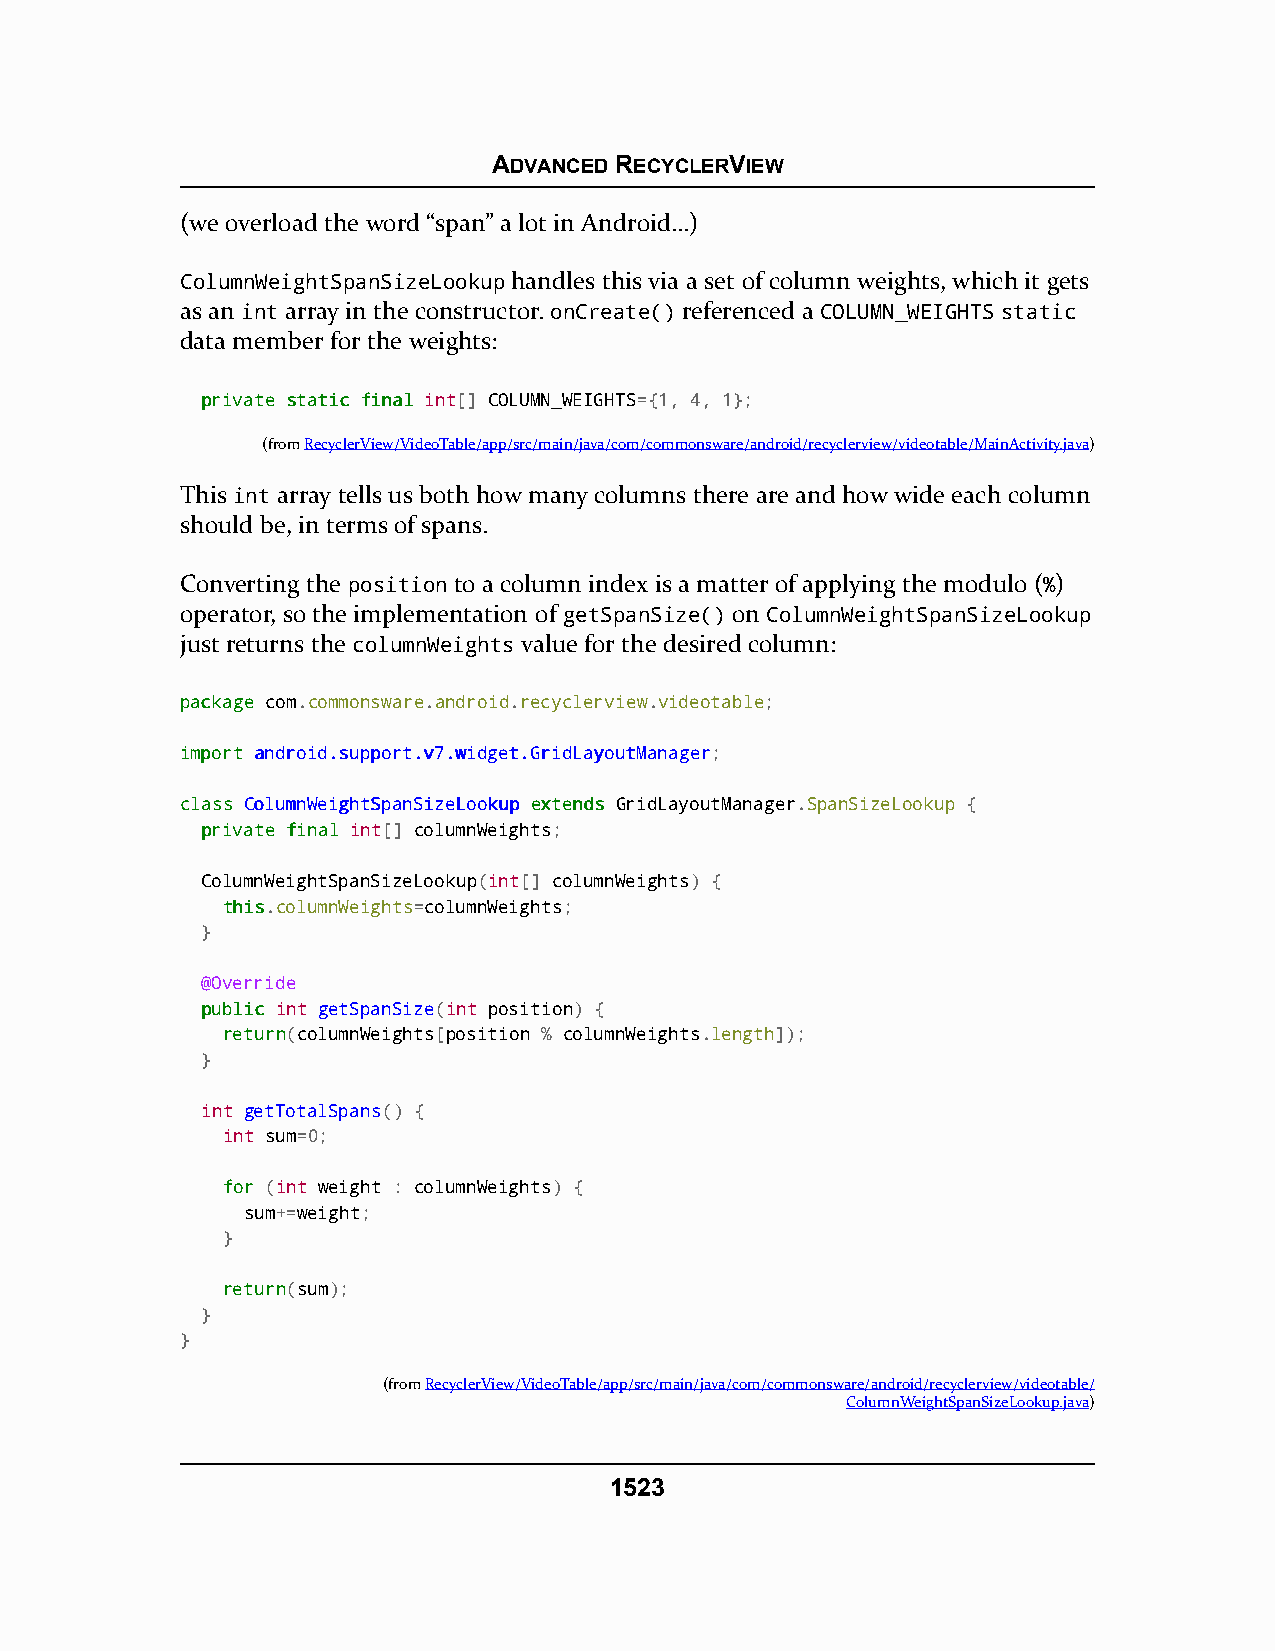
ADVANCED RECYCLERVIEW
 (we overload the word “span” a lot in Android…)
 ColumnWeightSpanSizeLookup handles this via a set of column weights, which it gets
 as an int array in the constructor. onCreate() referenced a COLUMN_WEIGHTS static
 data member for the weights:
 pprriivvaattee ssttaattiicc ffiinnaall int[] COLUMN_WEIGHTS={1, 4, 1};
 (fromRecyclerView/VideoTable/app/src/main/java/com/commonsware/android/recyclerview/videotable/MainActivity.java)
 This int array tells us both how many columns there are and how wide each column
 should be, in terms of spans.
 Converting the position to a column index is a matter of applying the modulo (%)
 operator, so the implementation of getSpanSize() on ColumnWeightSpanSizeLookup
 just returns the columnWeights value for the desired column:
 ppaacckkaaggee com.commonsware.android.recyclerview.videotable;
 iimmppoorrtt aannddrrooiidd..ssuuppppoorrtt..vv77..wwiiddggeett..GGrriiddLLaayyoouuttMMaannaaggeerr;
 ccllaassss CCoolluummnnWWeeiigghhttSSppaannSSiizzeeLLooookkuupp eexxtteennddss GridLayoutManager.SpanSizeLookup {
 pprriivvaattee ffiinnaall int[] columnWeights;
 ColumnWeightSpanSizeLookup(int[] columnWeights) {
 tthhiiss.columnWeights=columnWeights;
 }
 @Override
 ppuubblliicc int getSpanSize(int position) {
 rreettuurrnn(columnWeights[position % columnWeights.length]);
 }
 int getTotalSpans() {
 int sum=0;
 ffoorr (int weight : columnWeights) {
 sum+=weight;
 }
 rreettuurrnn(sum);
 }
 }
 (fromRecyclerView/VideoTable/app/src/main/java/com/commonsware/android/recyclerview/videotable/
 ColumnWeightSpanSizeLookup.java)
 1523